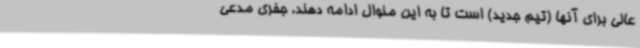
عالی برای آنها (تیم جدید) است تا به این منوال ادامه دهند. جفری مدعی